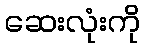
ဆေးလုံးကို